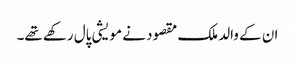
ان کے والد ملک مقصود نے مویشی پال رکھے تھے۔